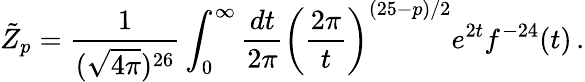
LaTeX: \tilde{Z}_{p}=\frac{1}{(\sqrt{4\pi})^{26}}\int_{0}^{\infty}\frac{dt}{2\pi}\left(\frac{2\pi}{t}\right)^{(25-p)/2}e^{2t}f^{-24}(t)\, .